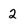
Character: 2